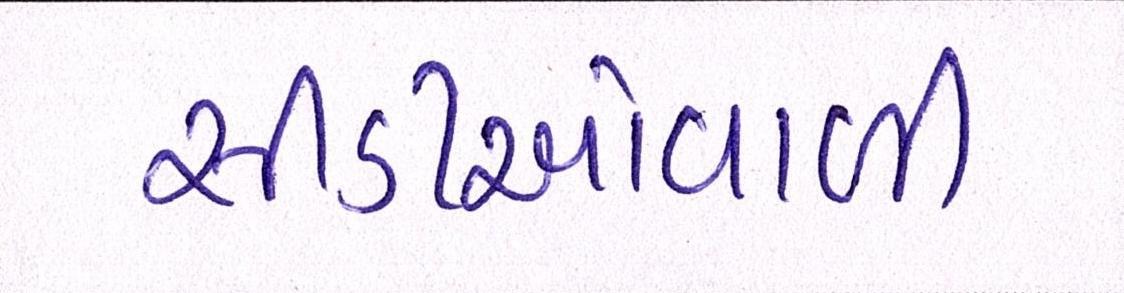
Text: સીડીઓવાળી